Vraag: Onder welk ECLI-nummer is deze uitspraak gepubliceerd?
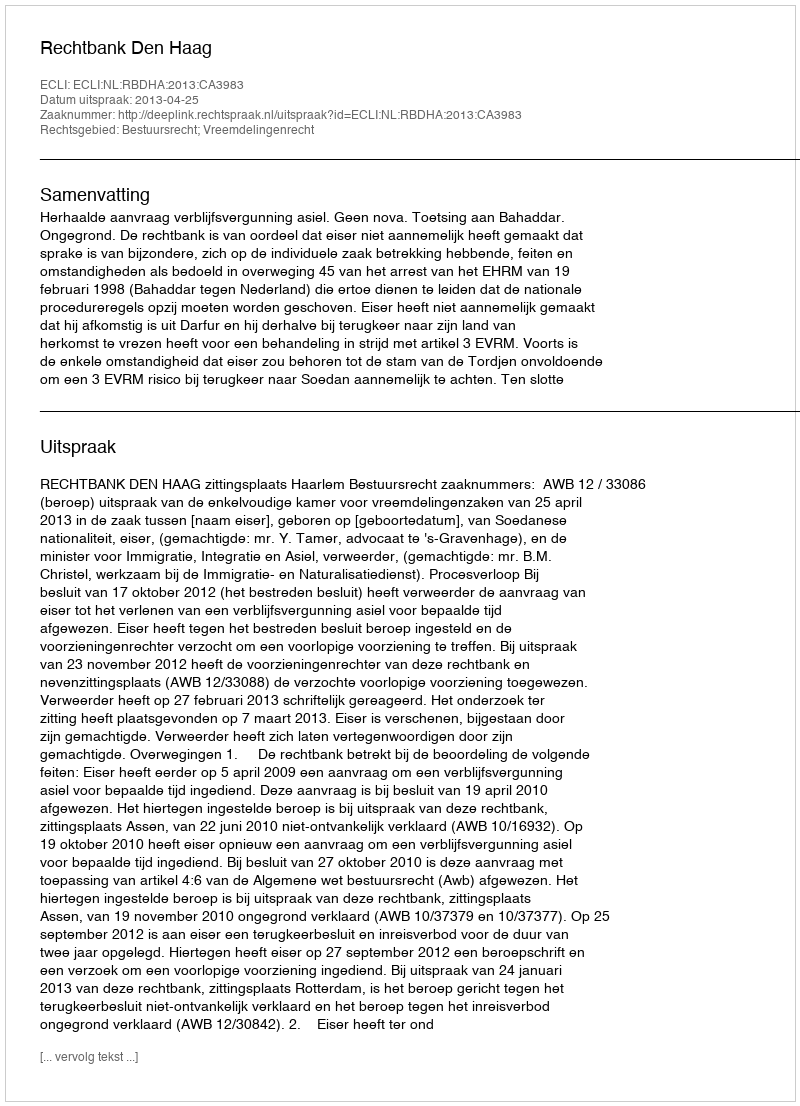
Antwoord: ECLI:NL:RBDHA:2013:CA3983